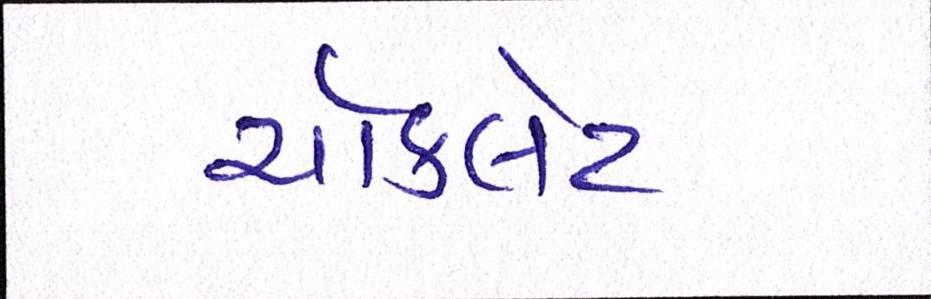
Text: ચૉકલેટ